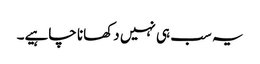
یہ سب ہی نہیں دکھانا چاہیے۔